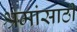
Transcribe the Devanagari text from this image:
श्रमांसाठी